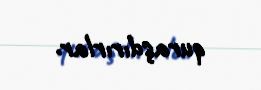
quraşdırırlar.